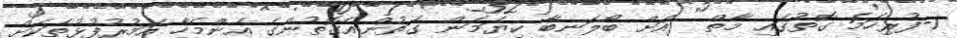
1-ފުރިހަމަ ގޮތުގައި މާތް  އަށް ބޯލަނބާ ކިޔަމަން ގަތުން:އެގޮތުންގެ އެންމެހާ އަމުރުފުޅުތަކަށް